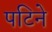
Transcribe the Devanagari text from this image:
पटिने